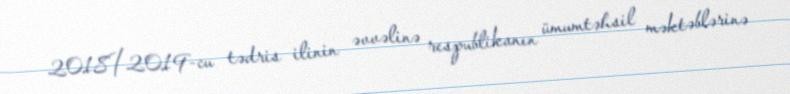
2018/2019-cu tədris ilinin əvvəlinə respublikanın ümumtəhsil məktəblərinə